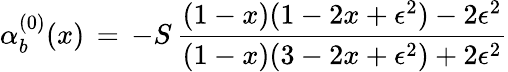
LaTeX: \alpha_{b}^{(0)}(x)\, =\, -S\, {\frac{(1-x)(1-2x+\epsilon^{2})-2\epsilon^{2}}{(1-x)(3-2x+\epsilon^{2})+2\epsilon^{2}}}